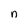
Character: n